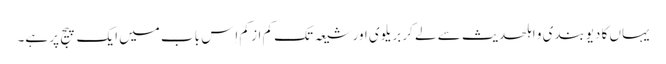
یہاں کا دیوبندی و اہلحدیث سے لے کر بریلوی اور شیعہ تک کم از کم اِس باب میں ایک پیج پر ہے۔